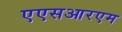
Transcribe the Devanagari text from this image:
एएसआरएम